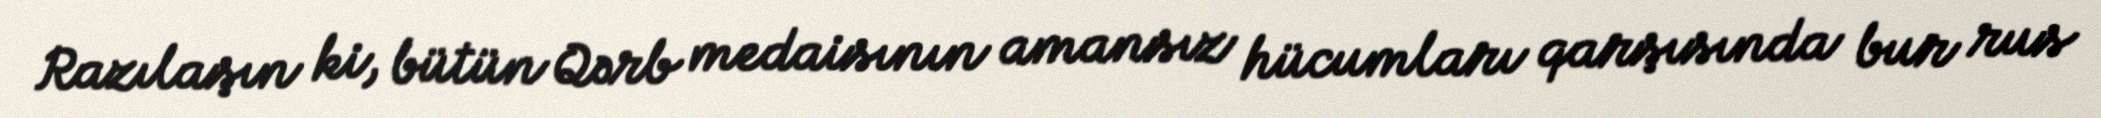
Razılaşın ki, bütün Qərb medaisının amansız hücumları qarşısında bur rus